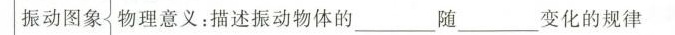
振动图象 物理意义：描述振动物体的___随___变化的规律